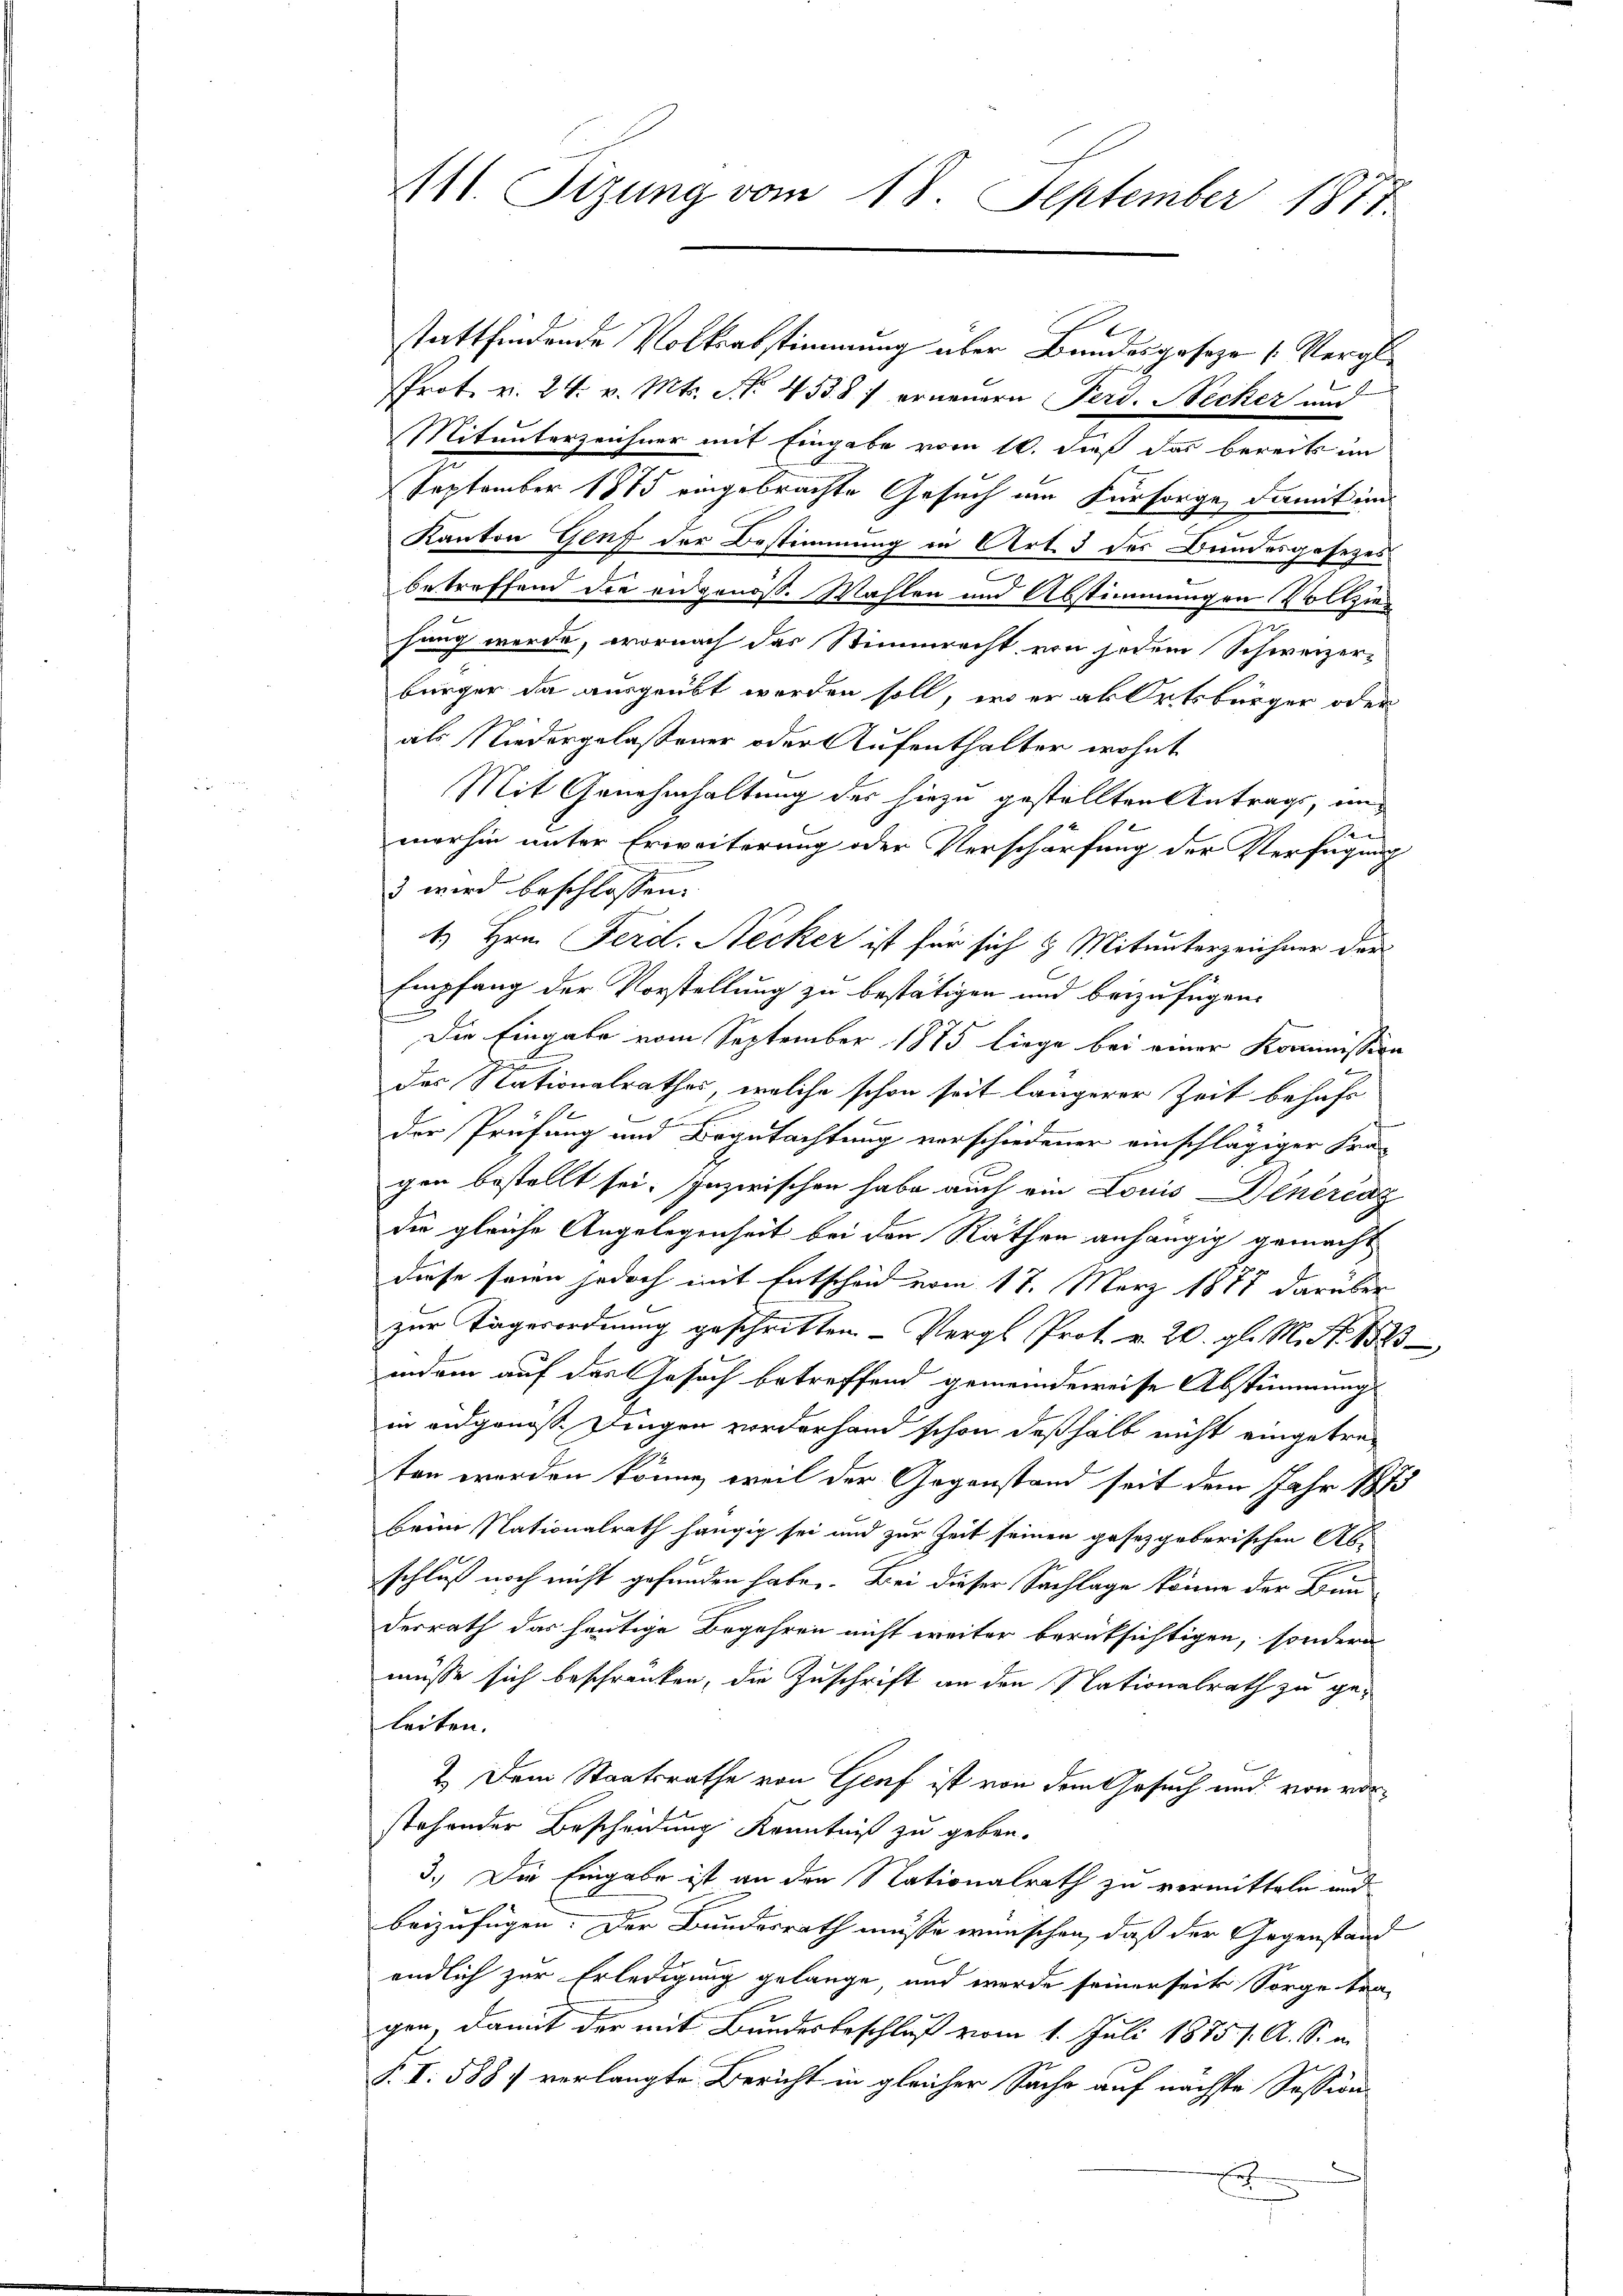
stattfindende Volksabstimmung über Bundesgeseze [Vergl.
Prot. v. 24. v. Mts. No. 45387 erneuern Ferd. Necker und
Mitunterzeichner mit Eingabe vom 10. dieß das bereits im
September 1875 eingebrachte Gesuch am Fürsorge, damit in
Kanton Genf der Bestimmung in Art. 3 des Bundesgesezes
betreffend die eidgenöß. Mahlen und Abstimmungen Vollziehang werde, wornach das Stimmrecht von jedem Schweizer-
bürger da ausgeübt werden soll, er er als Ortsbürger oder
als Niedergelaßener oder Aufenthalter wohnt
Mit Genehmhaltung des hiezu gestellten Antrags, unf
merhin unter Erweiterung oder Verschärfung der Verfügung
3 wird beschlossen.
1. Hrn. Ferd. Necker ist für sich 9 Mitunterzeichner der
Empfang der Vorstellung zu bestätigen und beizufügen.
Die Eingabe vom September 1875 liege bei einer Kommission
t
des Nationalrathes, welche schon seit längerer Zeit behufe
der Prüfung und Begutachtung verschiedener einschlägiger Fragen bestellt sei. Inzwischen habe auch ein Louis Deneraz
die gleiche Angelegenheit bei den Räthen anhängig gemacht
diese seien jedoch mit Entscheid vom 17. März 1877 darüber
zur Tägerordnung geschritten- Vergl. Prot. v. 20. gl. M. N. 1523
indem auf das Gesuch betreffend gemeindeweise Abstimmung
in eidgenösse Dingen worderhand schon deßhalb nicht eingetreten werden könne, weil der Gegenstand seit dem Jahr 1873
beim Nationalrath hängig sei und zur Zeit seinen gesetzgeberischen Ab-
1
schluß noch nicht gefunden habe. Bei dieser Sachlage könne der Bun
derrath das heutige Begehren nicht weiter berüksichtigen, sondern
müsse sich beschränken, die Zuschrift an den Nationalrath zu geleiten.
 Dem Staatsrathe von Genf ist von dem Gesuch und von vorstehender Bescheidung Kenntniß zu geben.
3.) Die Eingabe ist an den Nationalrath zu vermitteln und
beizufügen. Der Bundesrath müsse wünschen, daß der Gegenstand
endlich zur Erledigung gelange, und werde seinerseits Sorge tragen, damit der mit Bundesbeschluß vom 1. Juli 1875 /. A. S. in
P. I. 588) verlangte Bericht in gleicher Sache auf nächste Session
2

411. Sizung vom 18. September 1811.

2